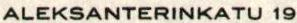
ALEKSANTERINKATU 19